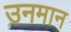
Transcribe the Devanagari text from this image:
उनमान